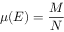
\mu ( { \cal E } ) = { \frac { M } { N } }